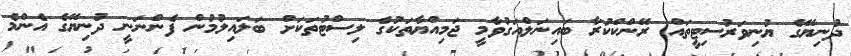
ދުނިޔޭގެ ޔުނިވަރުސިޓީތައް ރޭންކްކުރާ ބައިނަލްއަގުވާމީ ޖަމިއްޔާތަކުގެ ލިސްޓުތަކަށް ބަލައިލުމުން ފެންނަނީ ދުނިޔޭގެ އެންމެ